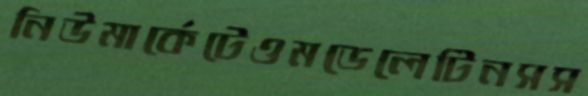
নিউমার্কেটেওমডেলেটিনসস